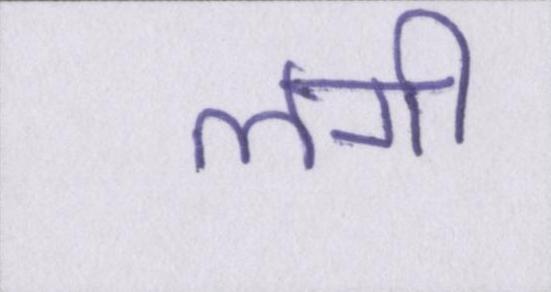
लगी